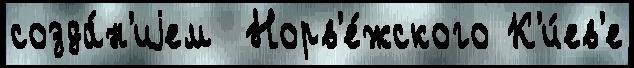
созда́н'иjем  Норв'е́жского К'и́ев'е